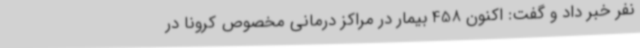
نفر خبر داد و گفت: اکنون 458 بیمار در مراکز درمانی مخصوص کرونا در